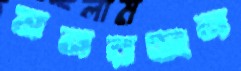
মনরঞ্জন